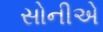
સોનીએ